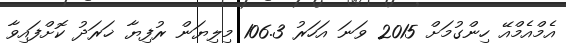
އެމްއެމްއޭ ހިންގުމަށް 2015 ވަނަ އަހަރު 106.3 މިލިޔަން ރުފިޔާ ޚަރަދު ކޮށްފައިވާ